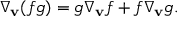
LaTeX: \nabla _ { \mathbf { v } } ( f g ) = g \nabla _ { \mathbf { v } } f + f \nabla _ { \mathbf { v } } g .